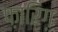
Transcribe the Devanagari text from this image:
फ़ारिग़